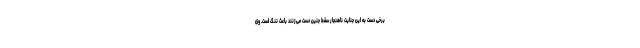
برخی دست به این جنایت ناهنجار سقط جنین دست می‌زنند باعث ننگ است. وی